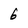
Character: 6